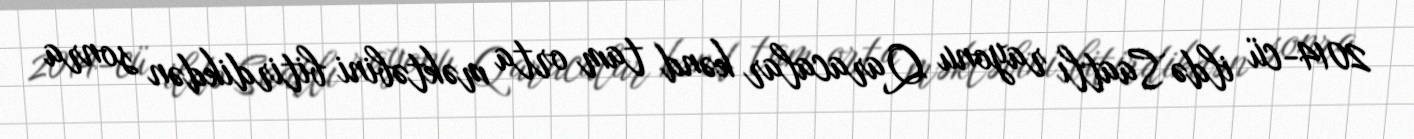
2014-cü ildə Saatlı rayonu Qaracalar kənd tam orta məktəbini bitirdikdən sonra